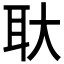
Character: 𬚓